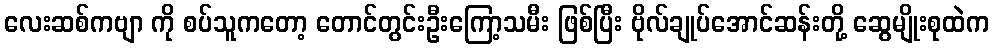
လေးဆစ်ကဗျာ ကို စပ်သူကတော့ တောင်တွင်းဦးကြော့သမီး ဖြစ်ပြီး ဗိုလ်ချုပ်အောင်ဆန်းတို့ ဆွေမျိုးစုထဲက